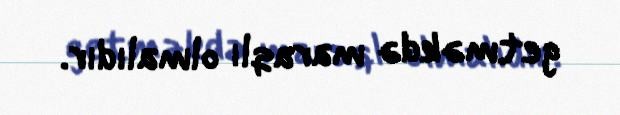
getməkdə maraqlı olmalıdır.